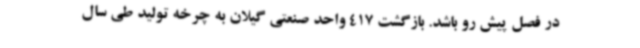
در فصل پیش رو باشد. بازگشت 417 واحد صنعتی گیلان به چرخه تولید طی سال